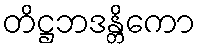
တိဋ္ဌဘဒန္တိကော